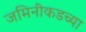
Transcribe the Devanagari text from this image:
जमिनीकडच्या